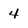
Character: 4